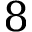
8